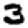
Digit: 3